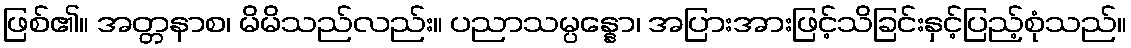
ဖြစ်၏။ အတ္တနာစ၊ မိမိသည်လည်း။ ပညာသမ္ပန္နော၊ အပြားအားဖြင့်သိခြင်းနှင့်ပြည့်စုံသည်။